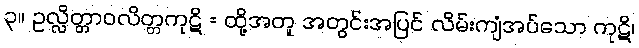
၃။ ဥလ္လိတ္တာဝလိတ္တကုဋိ = ထို့အတူ အတွင်းအပြင် လိမ်းကျံအပ်သော ကုဋိ၊